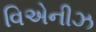
વિએનીઝ